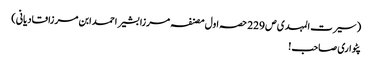
(سیرت المہدی ص 229 حصہ اول مصنفہ مرزا بشیر احمد ابن مرزا قادیانی)
پٹواری صاحب!